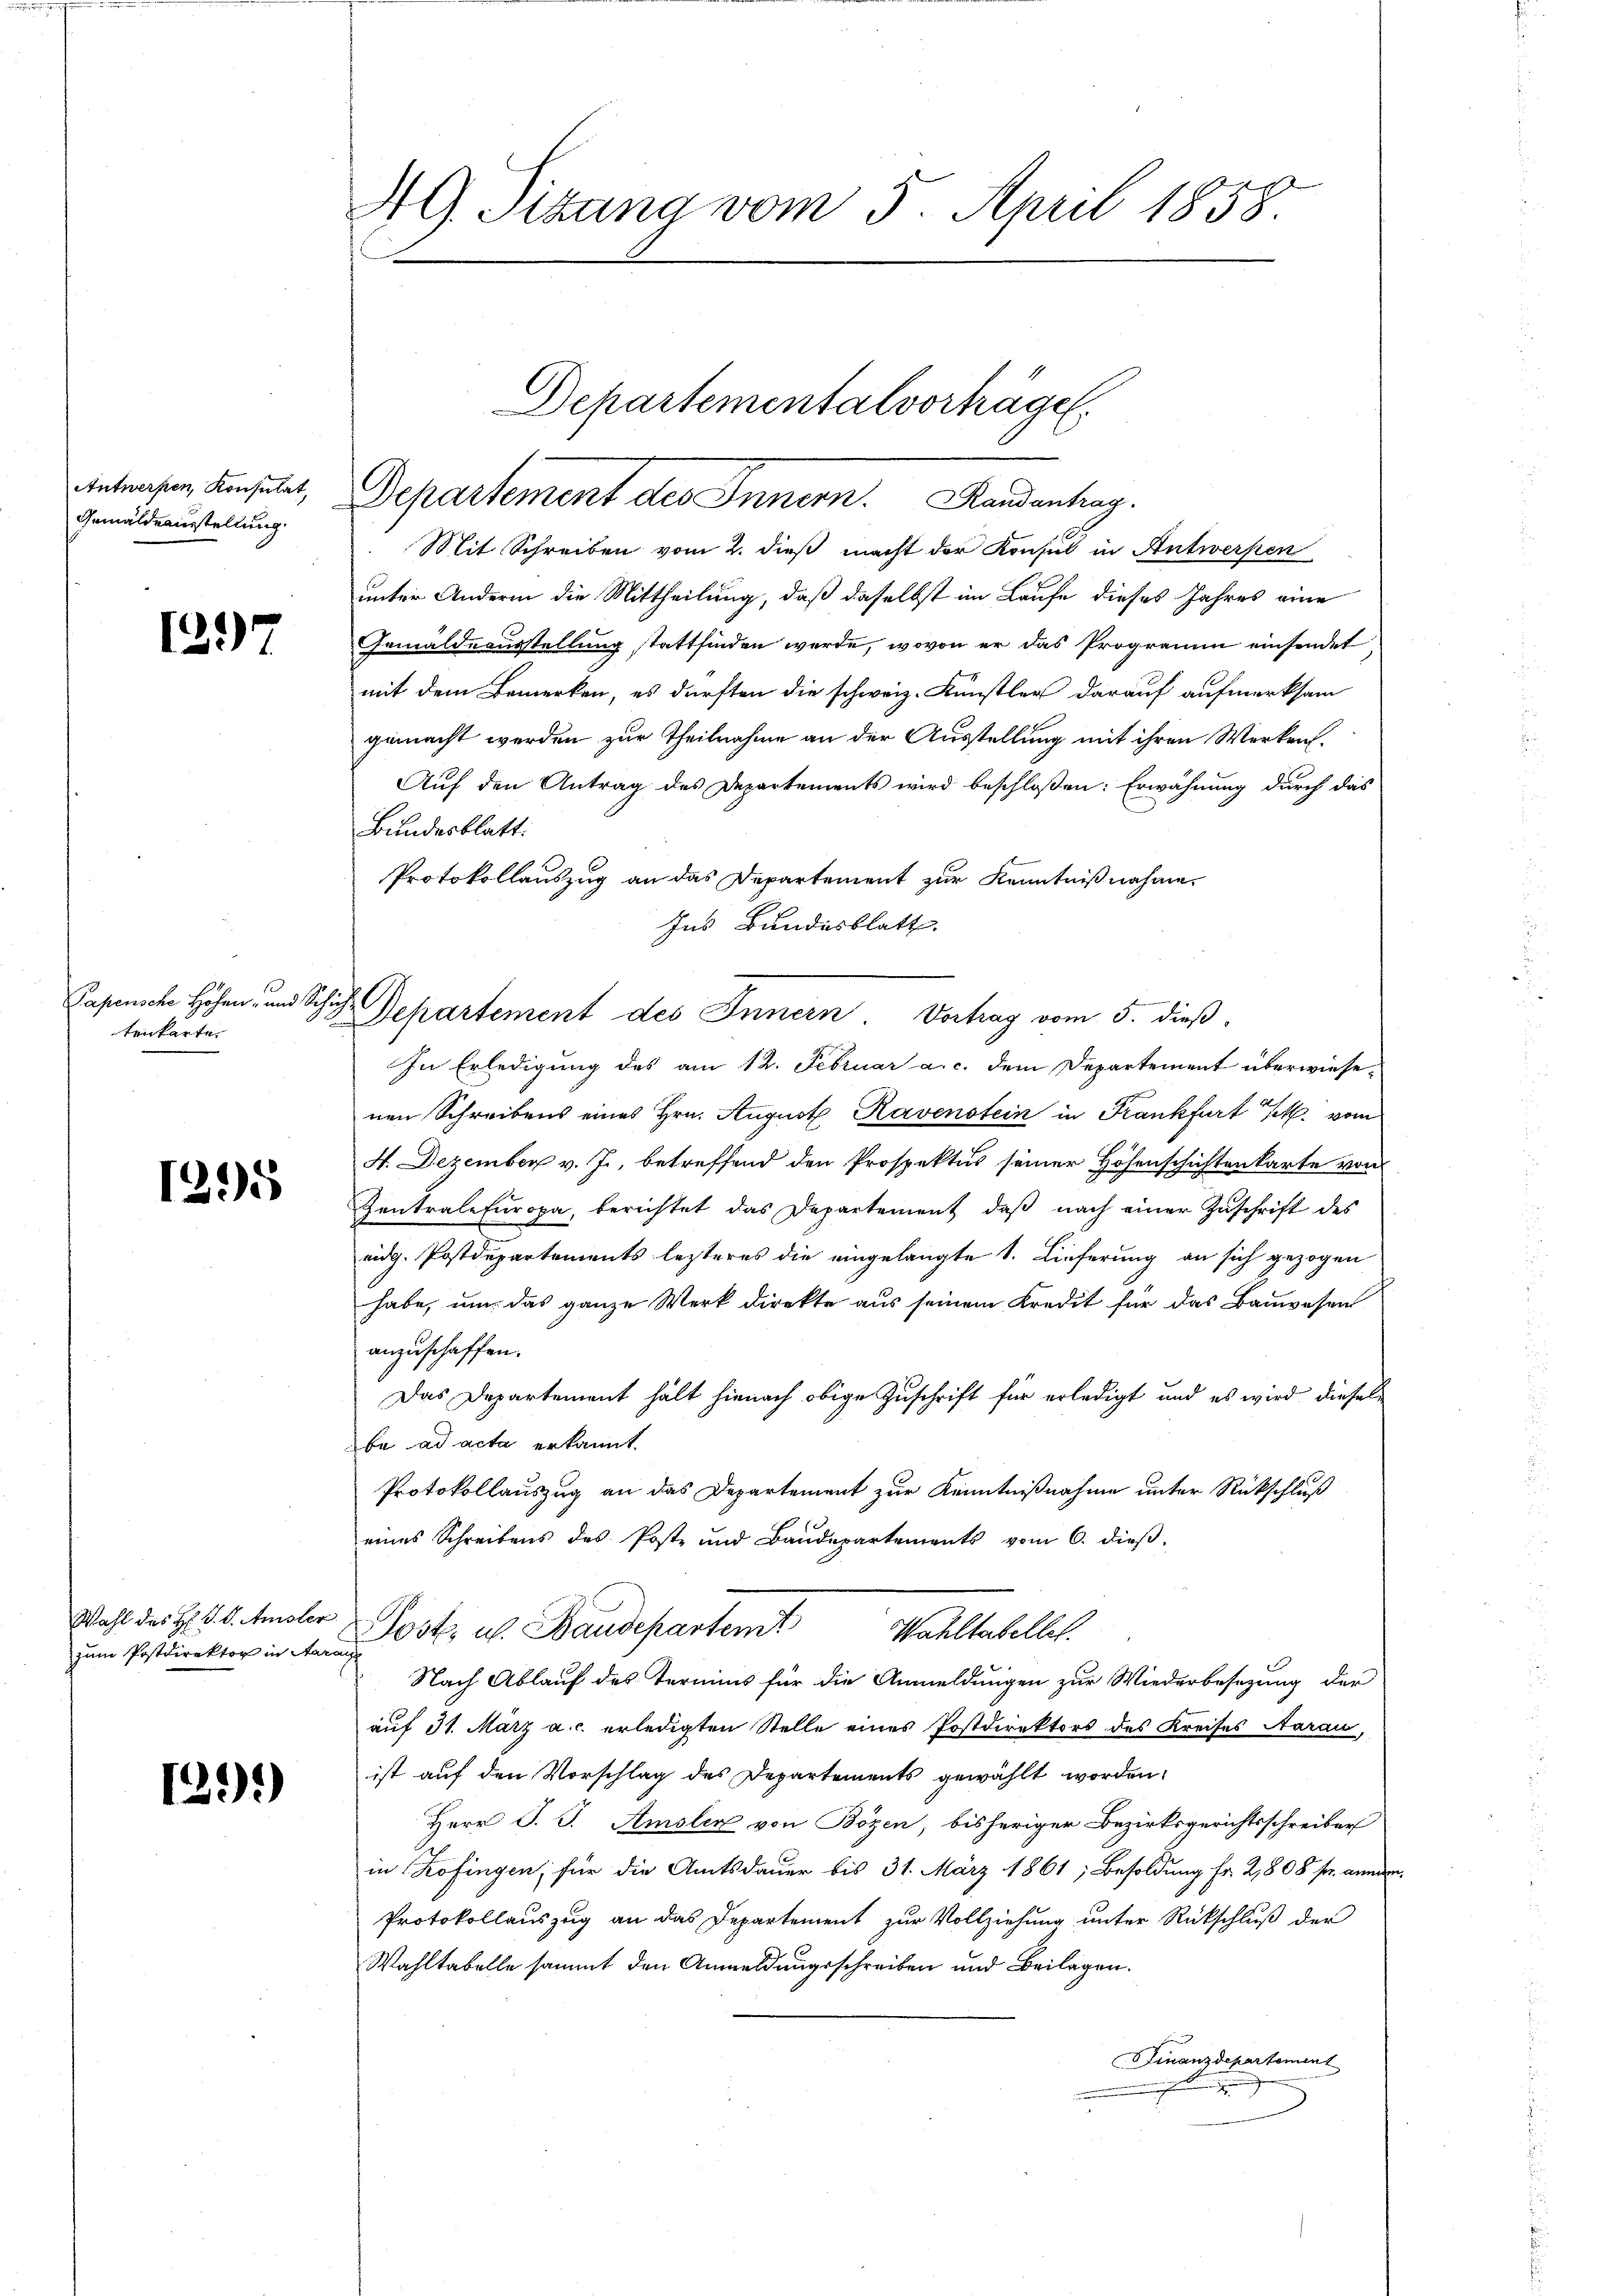
Antwerpen, Konsulat,
Gemäldeausstellung.

1297

Papensche Höhen- und Schich
tenkarte.

1295

Wahl des H: P. V. Amsler
zum Postdirektor in Aarau

129)

49. Stana vom 5. April 1858.

Mit Schreiben vom 2. dieß macht der Konsul in Antwerfen
unter Andern die Mittheilung, daß daselbst im Laufe dieses Jahres eine
Gemäldeausstellung stattfinden werde, wovon er das Programm einsendet
mit dem Bemerken, es dürften die schweiz. Künstler darauf aufmerksam
gemacht werden zur Theilnahme an der Ausstellung mit ihren Werken.
Auf den Antrag des Departements wird beschloßen: Erwähnung durch das
Bundesblatt.
Protokollauszug an das Departement zur Kenntnißnahme.
In Erledigung des am 12. Februar a. c. dem Departement überwiese
nen Schreibens eines Hrn. August Ravenstein in Frankfurt Frk. vom
4. Dezember v. J., betreffend den Prospektus seiner Höfenschichtenkarte von
Zentrale Europa, berichtet das Departement daβ nach einer Zŭschrift des
eidg. Postdepartements lezteres die eingelangte 1. Lieferung an sich gezogen
habe, um das ganze Werk direkte aus seinem Kredit für das Bauwesen
anzuschaffen.
Das Departement hält hienach obige Zuschrift für erledigt und es wird dieselba ad acta erkannt.
Protokollauszug an das Departement zur Kenntnißnahme unter Rückschluß
eines Schreibens des Poste und Baudepartements vom 6. dieβ.
Post. u. Baudepartem Wahltabellet.
Nach Ablauf des Termins für die Anmeldungen zur Wiederbesezung der
auf 31. März a. c. erledigten Stelle eines Postdirektors des Kreises Aarau,
ist auf den Vorschlag des Departements gewählt worden,
Herr J. J. Amsler von Bözen, bisheriger Bezirksgerichtsschreiber
in Zofingen; für die Amtsdauer bis 31. März 1861; Besoldung Fr. 2,808 f. anne
Protokollauszug an das Departement zur Vollziehung unter Rückschluß der
Wahltabelle sammt den Anmeldungsschreiben und Beilagen.
Finanzdepartement
e

Separtement des Inner.   Madeantrag

Departementalverhägel

Ins Bundesblatt.
Departement des Innern Vortrag vom 5. dieß